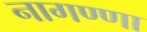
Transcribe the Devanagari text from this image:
नागण्णा